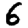
Digit: 6